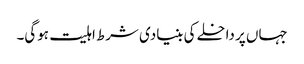
جہاں پر داخلے کی بنیادی شرط اہلیت ہوگی۔